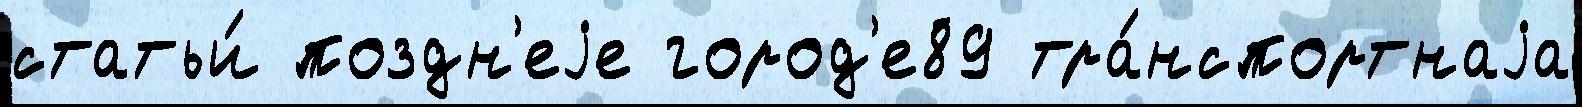
статьи́ поздн'еjе город'е89 тра́нспортнаjа